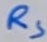
Text: RS